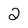
Character: 2